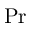
\mathrm { P r }